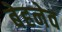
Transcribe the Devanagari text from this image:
बेहनेव